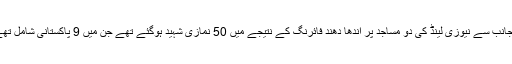
واضح رہے کہ چند روز قبل آسٹریلوی دہشت گرد کی جانب سے نیوزی لینڈ کی دو مساجد پر اندھا دھند فائرنگ کے نتیجے میں 50 نمازی شہید ہوگئے تھے جن میں 9 پاکستانی شامل تھے جبکہ ایک پاکستانی شہری کی حالت تشویشناک ہے۔